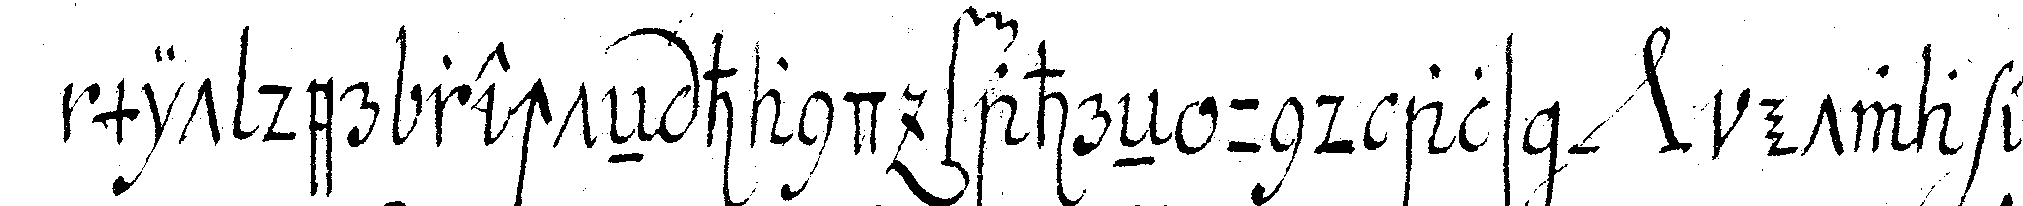
mit der rechteN hand fahreN und als *nee* etwa ei